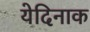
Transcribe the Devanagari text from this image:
येदिनाक